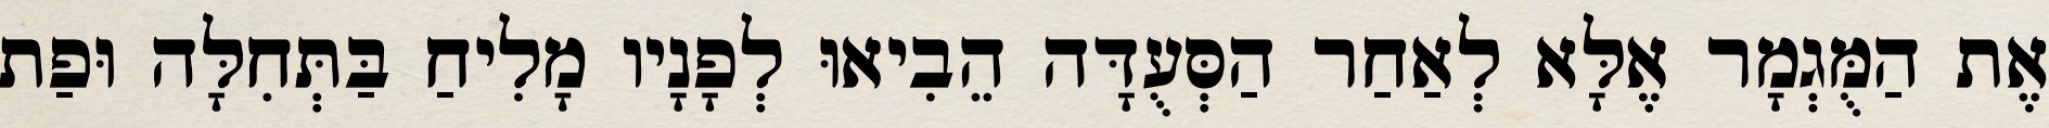
אֶת הַמֻּגְמָר אֶלָּא לְאַחַר הַסְּעֻדָּה הֵבִיאוּ לְפָנָיו מָלִיחַ בַּתְּחִלָּה וּפַת